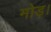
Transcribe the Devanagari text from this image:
मोड़।